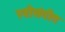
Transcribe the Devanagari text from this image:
स्त्रीसंगीत